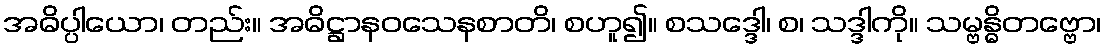
အဓိပ္ပါယော၊ တည်း။ အဓိဋ္ဌာနဝသေနစာတိ၊ စဟူ၍။ စသဒ္ဒေါ၊ စ၊ သဒ္ဒါကို။ သမ္ဗန္ဓိတဗ္ဗော၊